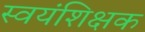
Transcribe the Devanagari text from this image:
स्वयंशिक्षक